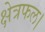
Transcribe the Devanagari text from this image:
क्षेत्रफल।